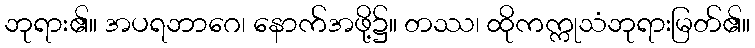
ဘုရား၏။ အပရဘာဂေ၊ နောက်အဖို့၌။ တဿ၊ ထိုကက္ကုသံဘုရားမြတ်၏။